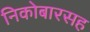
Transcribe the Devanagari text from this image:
निकोबारसह